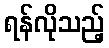
ရန်လိုသည့်